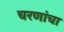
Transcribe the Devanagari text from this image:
चरणांचा